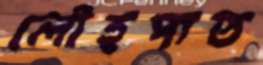
লৌহপাত